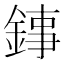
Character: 𨧫